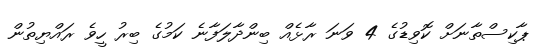
ޕާކިސްތާނަށް ކޮވިޑުގެ 4 ވަނަ ރާޅެއް ބިންދާލަފާނެ ކަމުގެ ބިރު ހީވެ ރައްޔިތުން